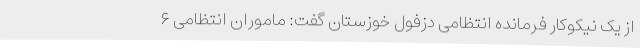
از یک نیکوکار فرمانده انتظامی دزفول خوزستان گفت: ماموران انتظامی ۶